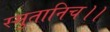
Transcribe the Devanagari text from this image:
स्मुतानिच।।